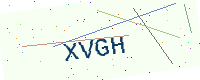
Text: XVGH